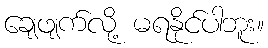
ချေဖျက်လို့ မရနိုင်ပါဘူး။